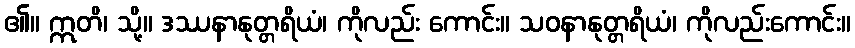
၏။ ဣတိ၊ သို့။ ဒဿနာနုတ္တရိယံ၊ ကိုလည်း ကောင်း။ သဝနာနုတ္တရိယံ၊ ကိုလည်းကောင်း။